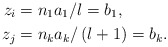
\begin{align*}z_{i} & =n_{1}a_{1}/l=b_{1},\\z_{j} & =n_{k}a_{k}/\left( l+1\right) =b_{k}.\end{align*}